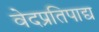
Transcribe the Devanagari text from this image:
वेदप्रतिपाद्य